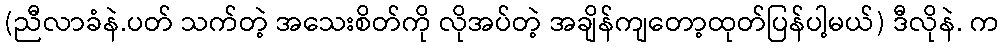
(ညီလာခံနဲ.ပတ် သက်တဲ့ အသေးစိတ်ကို လိုအပ်တဲ့ အချိန်ကျတော့ထုတ်ပြန်ပါ့မယ်) ဒီလိုနဲ. က